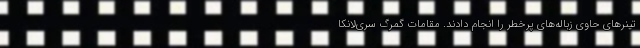
تینرهای حاوی زباله‌های پرخطر را انجام دادند. مقامات گمرگ سری‌لانکا